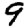
Digit: 9